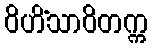
ဝိဟိံသာဝိတက္က